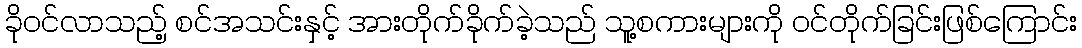
ခိုဝင်လာသည့် စင်အသင်းနှင့် အားတိုက်ခိုက်ခဲ့သည် သူ့စကားများကို ဝင်တိုက်ခြင်းဖြစ်ကြောင်း